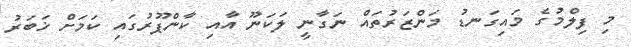
މި ފިލްމުގެ މައިގަނޑު މަންޒަރުތައް ނަގާނީ ލަކަނޫ އާއި ކާންޕޫރުގައި ކަމަށް ޚަބަރު